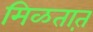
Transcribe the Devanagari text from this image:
मिळतात़